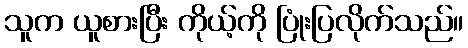
သူက ယူစားပြီး ကိုယ့်ကို ပြုံးပြလိုက်သည်။